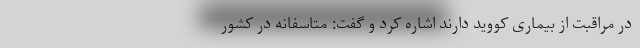
در مراقبت از بیماری کووید دارند اشاره کرد و گفت: متاسفانه در کشور